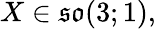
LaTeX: X\in{\mathfrak{so}}(3;1),